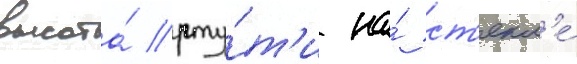
высота́ рту́т'и на́ ст'екл'е́